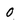
Character: 0